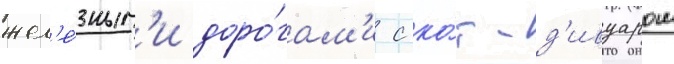
жел'е́зным'и доро́гам'и с ко́т-д'ивуаром